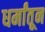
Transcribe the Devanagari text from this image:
धर्मांतून